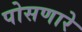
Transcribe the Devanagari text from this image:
पोसणारे